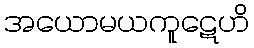
အယောမယကူဋေဟိ